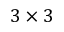
3 \times 3